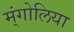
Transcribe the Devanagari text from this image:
म्ंगोलिया